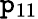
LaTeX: \mathtt{p}_{11}